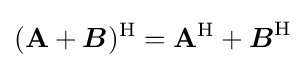
(\mathbf {A} +{\boldsymbol {B}})^{\mathrm {H} }=\mathbf {A} ^{\mathrm {H} }+{\boldsymbol {B}}^{\mathrm {H} }